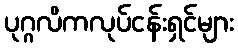
ပုဂ္ဂလိကလုပ်ငန်းရှင်များ